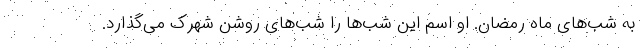
به شب‌های ماه رمضان. او اسم این شب‌ها را شب‌های روشن شهرک می‌گذارد.